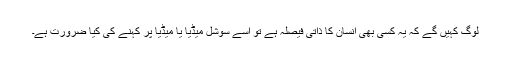
لوگ کہیں گے کہ یہ کسی بھی انسان کا ذاتی فیصلہ ہے تو اسے سوشل میڈیا یا میڈیا پر کہنے کی کیا ضرورت ہے۔